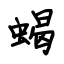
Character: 蝎